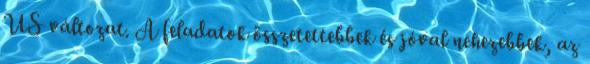
US változat. A feladatok összetettebbek és jóval nehezebbek, az